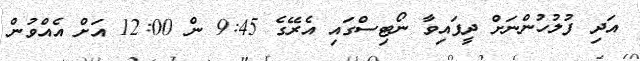
އަދި ފުލުހުންނަށް ދީފައިވާ ނޯޓިސްގައި އެރޭގެ 9:45 ން 12:00 އަށް އެއްވުން